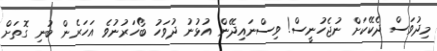
މިދުވަސް ދެކޭކަށް ނުޖެހުނީސް! ވިސްނައިދޭން އުޅުނު ދުވަހު ބޯހަރުނުވެ އަހަރެން ބުނި ގޮތަށް